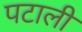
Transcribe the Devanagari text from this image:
पटाली